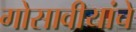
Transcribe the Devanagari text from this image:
गोसावीयांचे